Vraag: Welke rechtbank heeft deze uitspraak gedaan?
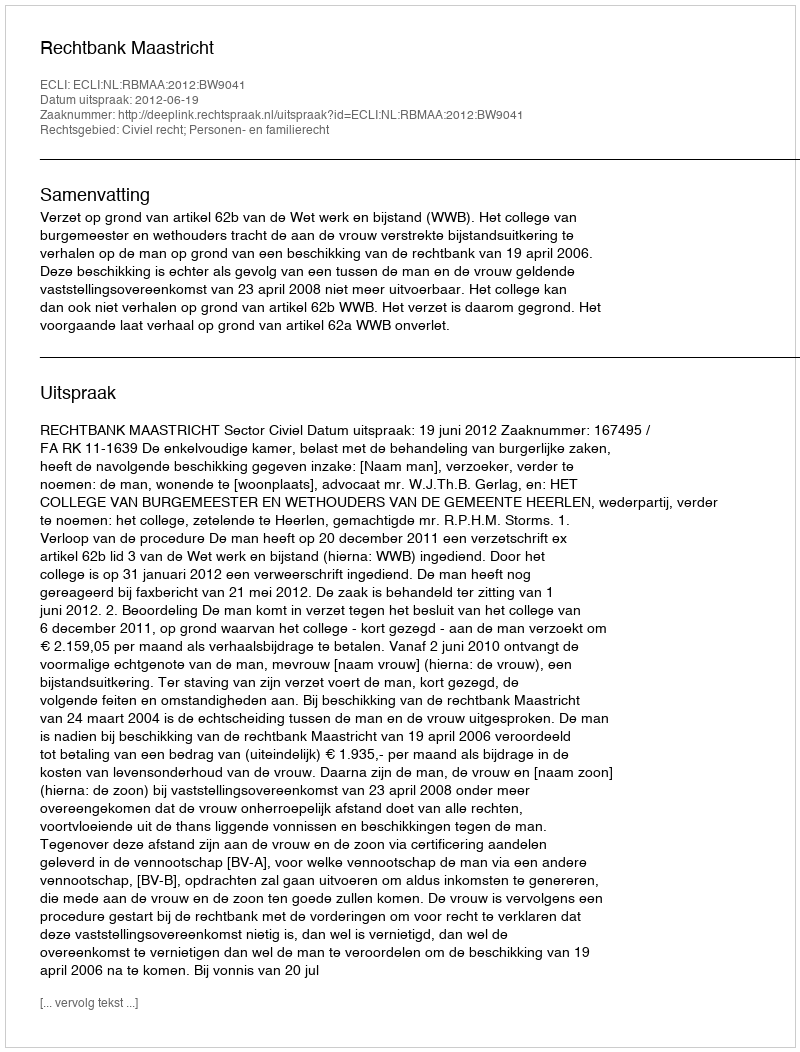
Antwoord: Rechtbank Maastricht